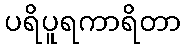
ပရိပူရကာရိတာ